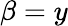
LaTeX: \beta=y